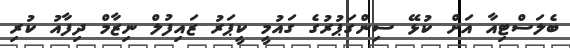
ބެލަސްޓިއާ އަށް ކުޅޭ ސިންގަޕުރުގެ ގައުމީ ކީޕަރު ޒައިފުލް ނިޒާމް ދިފާއު ކުރި